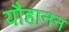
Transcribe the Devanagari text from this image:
यौहानन